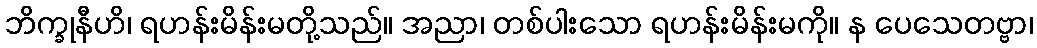
ဘိက္ခုနီဟိ၊ ရဟန်းမိန်းမတို့သည်။ အညာ၊ တစ်ပါးသော ရဟန်းမိန်းမကို။ န ပေသေတဗ္ဗာ၊